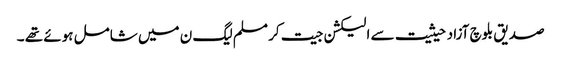
صدیق بلوچ آزاد حیثیت سے الیکشن جیت کر مسلم لیگ ن میں شامل ہوئے تھے ۔